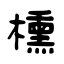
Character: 櫄